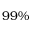
9 9 \%